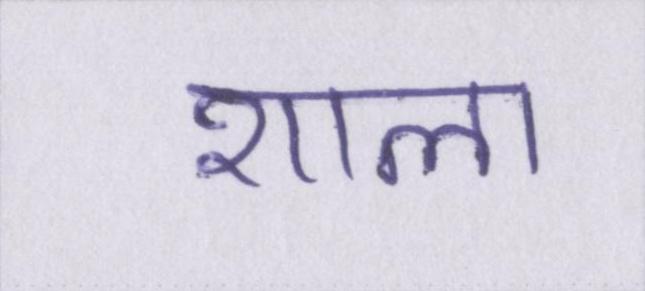
शाला